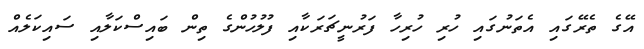
އޭގެ ތެރޭގައި އެތަނުގައި ހުރި ހުރިހާ ފަރުނީޗަރަކާއި ފުލުހުންގެ ތިން ބައިސްކަލާއި ސައިކަލެއް